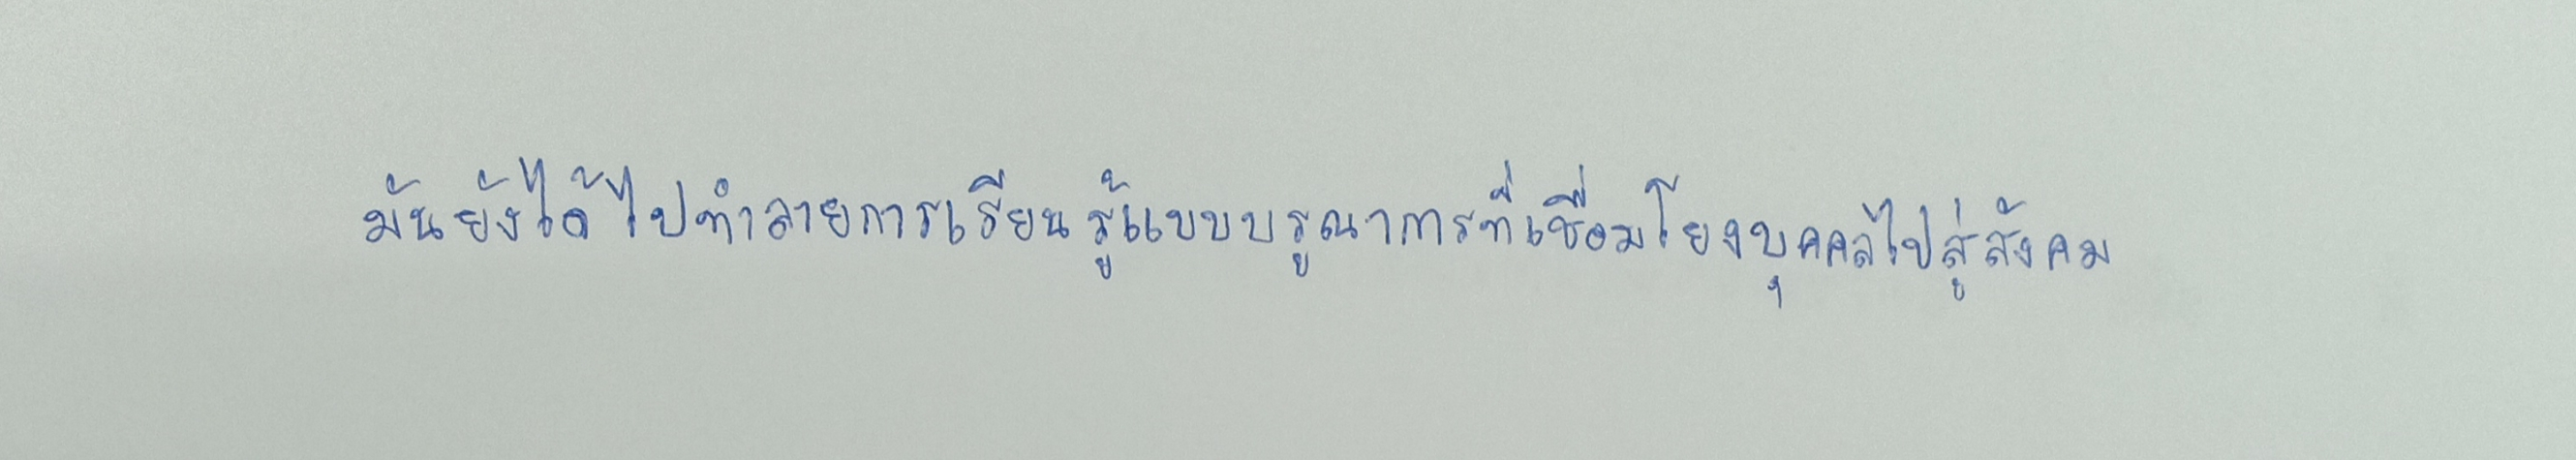
มันยังได้ไปทำลายการเรียนรู้แบบบูรณาการที่เชื่อมโยงบุคคลไปสู่สังคม